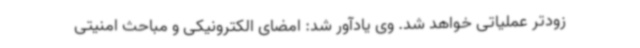
زودتر عملیاتی خواهد شد. وی یادآور شد: امضای الکترونیکی و مباحث امنیتی